Note on the mental hospitals in Burma - 1925-1940
Year: 1925
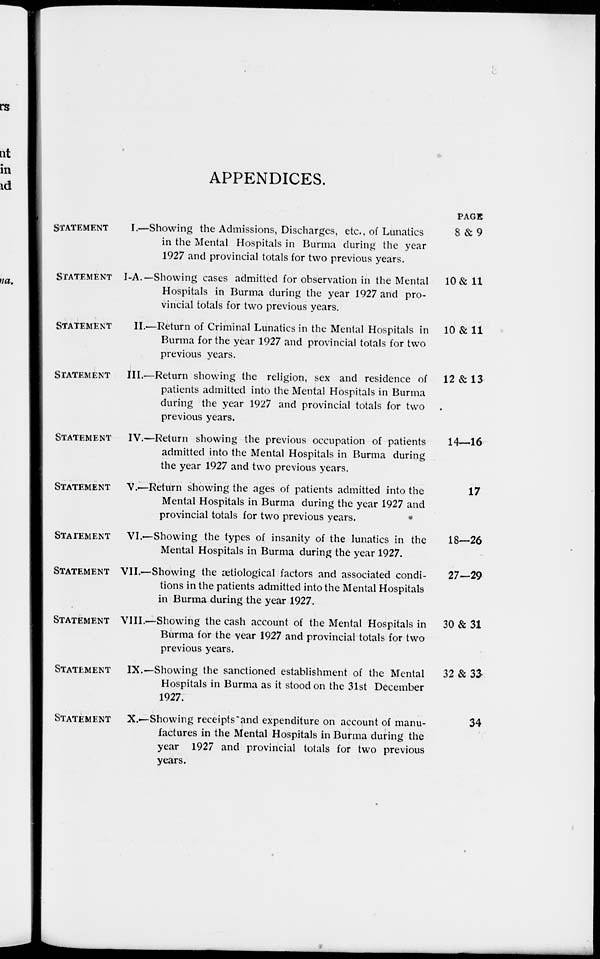
APPENDICES.
STATEMENT
I.—
STATEMENT I-A.—
STATEMENT
II.—
STATEMENT III.—
STATEMENT IV.—
STATEMENT
V.—
STATEMENT
VI. —
STATEMENT VII.—
STATEMENT VIII.—
STATEMENT IX.—
STATEMENT
X. —
Showing the Admissions, Discharges, etc., of Lunatics
in the Mental Hospitals in Burma during the year
1927 and provincial totals for two previous years.
Showing cases admitted for observation in the Mental
Hospitals in Burma during the year 1927 and pro-
vincial totals for two previous years.
Return of Criminal Lunatics in the Mental Hospitals in
Burma for the year 1927 and provincial totals for two
previous years.
Return showing the religion, sex and residence of
patients admitted into the Mental Hospitals in Burma
during the year 1927 and provincial totals for two
previous years.
Return showing the previous occupation of patients
admitted into the Mental Hospitals in Burma during
the year 1927 and two previous years.
Return showing the ages of patients admitted into the
Mental Hospitals in Burma during the year 1927 and
provincial totals for two previous years.
Showing the types of insanity of the lunatics in the
Mental Hospitals in Burma during the year 1927.
Showing the ætiological factors and associated condi-
tions in the patients admitted into the Mental Hospitals
in Burma during the year 1927.
Showing the cash account of the Mental Hospitals in
Burma for the year 1927 and provincial totals for two
previous years.
Showing the sanctioned establishment of the Mental
Hospitals in Burma as it stood on the 31st December
1927.
Showing receipts and expenditure on account of manu-
factures in the Mental Hospitals in Burma during the
year 1927 and provincial totals for two previous
years.
PAGE
8 & 9
10 & 11
10 & 11
12 & 13
14—16
17
18—26
27—29
30 & 31
32 & 33
34